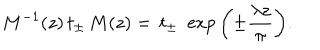
M ^ { - 1 } ( z ) \, t _ { \pm } \, M ( z ) = \, t _ { \pm } \, \, \exp { \left( \pm \frac { \lambda z } { \pi } \right) } .